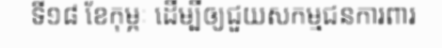
ទី១៨ ខែកុម្ភៈ ដើម្បីឲ្យជួយសកម្មជនការពារ